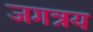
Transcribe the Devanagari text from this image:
जगत्रय